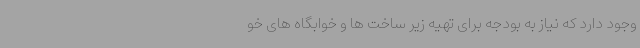
وجود دارد که نیاز به بودجه برای تهیه زیر ساخت ها و خوابگاه های خو